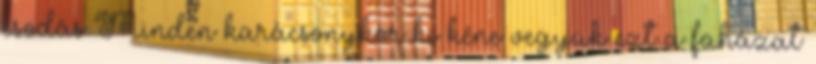
csodás Minden karácsonykor ki kéne vegyük ezt a faházat